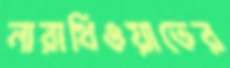
নারাথিওয়াতের